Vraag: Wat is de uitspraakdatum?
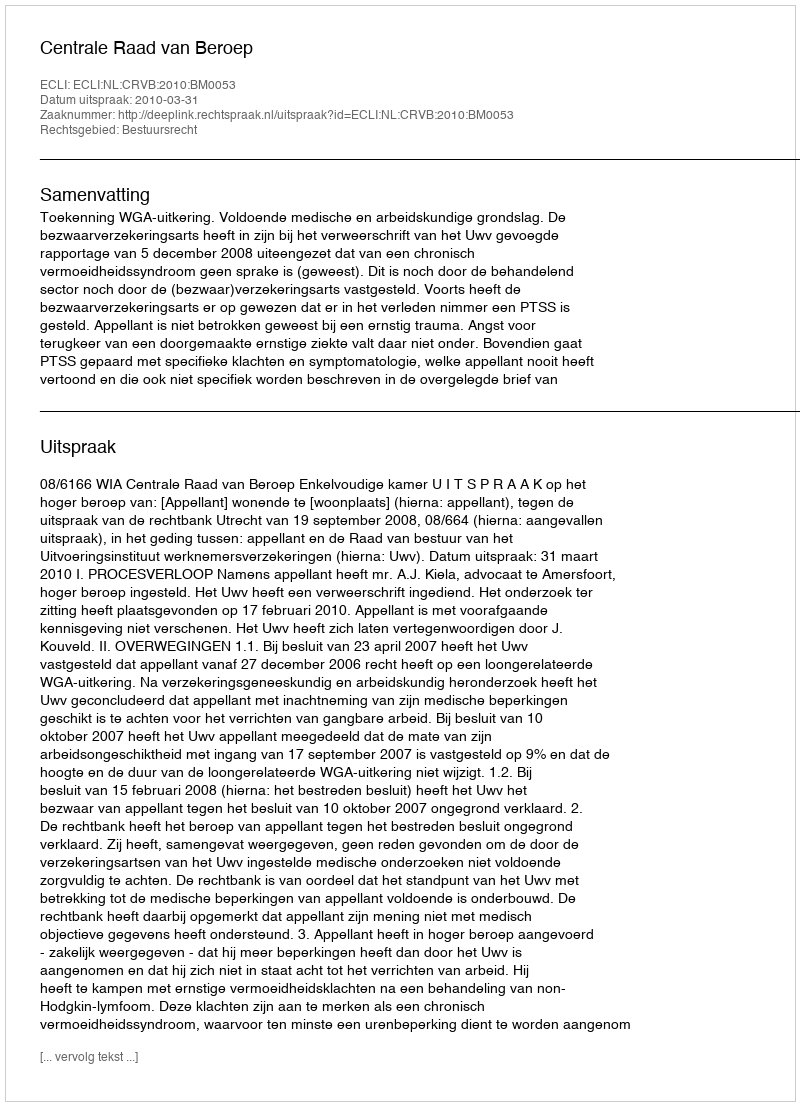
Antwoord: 2010-03-31